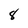
Character: 8